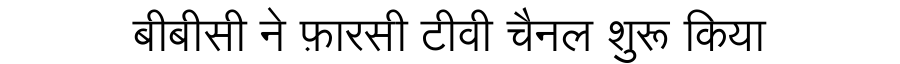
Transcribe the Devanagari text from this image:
बीबीसी ने फ़ारसी टीवी चैनल शुरू किया